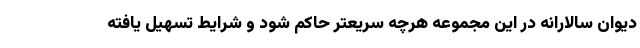
دیوان سالارانه در این مجموعه هرچه سریعتر حاکم شود و شرایط تسهیل یافته